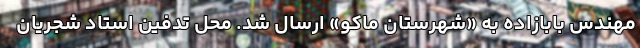
مهندس بابازاده به «شهرستان ماکو» ارسال شد. محل تدفین استاد شجریان